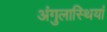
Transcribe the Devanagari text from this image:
अंगुलास्थियां